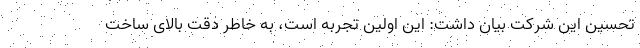
تحسین این شرکت بیان داشت: این اولین تجربه است، به خاطر دقت بالای ساخت